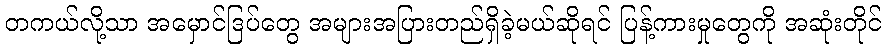
တကယ်လို့သာ အမှောင်ဒြပ်တွေ အများအပြားတည်ရှိခဲ့မယ်ဆိုရင် ပြန့်ကားမှုတွေကို အဆုံးတိုင်